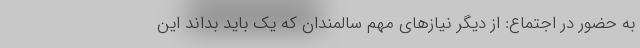
به حضور در اجتماع: از دیگر نیازهای مهم سالمندان که یک باید بداند این